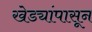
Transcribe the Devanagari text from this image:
खेड्यांपासून